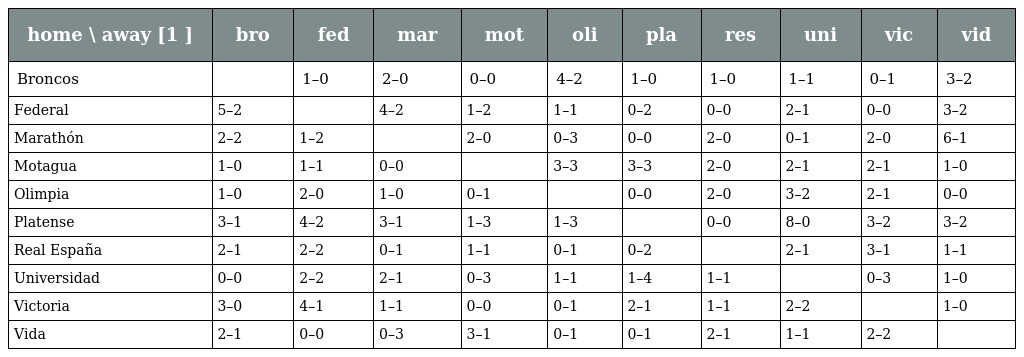
| home \ away [1 ] | bro | fed | mar | mot | oli | pla | res | uni | vic | vid |
 | --- | --- | --- | --- | --- | --- | --- | --- | --- | --- | --- |
 | Broncos |  | 1–0 | 2–0 | 0–0 | 4–2 | 1–0 | 1–0 | 1–1 | 0–1 | 3–2 |
 | Federal | 5–2 |  | 4–2 | 1–2 | 1–1 | 0–2 | 0–0 | 2–1 | 0–0 | 3–2 |
 | Marathón | 2–2 | 1–2 |  | 2–0 | 0–3 | 0–0 | 2–0 | 0–1 | 2–0 | 6–1 |
 | Motagua | 1–0 | 1–1 | 0–0 |  | 3–3 | 3–3 | 2–0 | 2–1 | 2–1 | 1–0 |
 | Olimpia | 1–0 | 2–0 | 1–0 | 0–1 |  | 0–0 | 2–0 | 3–2 | 2–1 | 0–0 |
 | Platense | 3–1 | 4–2 | 3–1 | 1–3 | 1–3 |  | 0–0 | 8–0 | 3–2 | 3–2 |
 | Real España | 2–1 | 2–2 | 0–1 | 1–1 | 0–1 | 0–2 |  | 2–1 | 3–1 | 1–1 |
 | Universidad | 0–0 | 2–2 | 2–1 | 0–3 | 1–1 | 1–4 | 1–1 |  | 0–3 | 1–0 |
 | Victoria | 3–0 | 4–1 | 1–1 | 0–0 | 0–1 | 2–1 | 1–1 | 2–2 |  | 1–0 |
 | Vida | 2–1 | 0–0 | 0–3 | 3–1 | 0–1 | 0–1 | 2–1 | 1–1 | 2–2 |  |